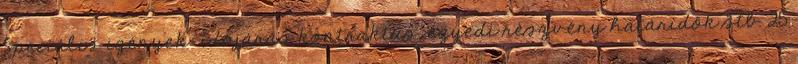
Speciális igények: időjárás kontraktus, egyedi részvény határidők stb. 25